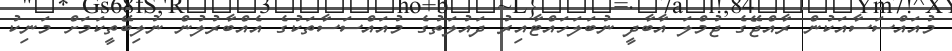
މުއައްސަސާއަކުން ރާއްޖޭގެ ޖުމްލަ އާބާދީ ނުބަލަހައްޓާއިރު ދައުލަތުގެ މުއައްސަސާތަކުގެ އެއްބާރުލުން ނުލިބޭތީކަމަށް މަނިކު